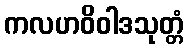
ကလဟဝိဝါဒသုတ္တံ